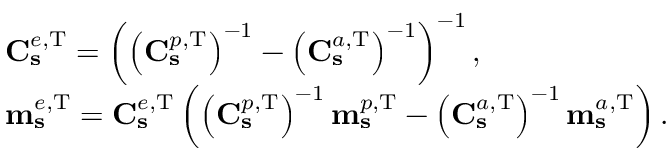
\begin{array} { r l } & { \mathbf { C } _ { \mathbf { s } } ^ { e , \mathrm { T } } = \left( \left( \mathbf { C } _ { \mathbf { s } } ^ { p , \mathrm { T } } \right) ^ { - 1 } - \left( \mathbf { C } _ { \mathbf { s } } ^ { a , \mathrm { T } } \right) ^ { - 1 } \right) ^ { - 1 } , } \\ & { \mathbf { m } _ { \mathbf { s } } ^ { e , \mathrm { T } } = \mathbf { C } _ { \mathbf { s } } ^ { e , \mathrm { T } } \left( \left( \mathbf { C } _ { \mathbf { s } } ^ { p , \mathrm { T } } \right) ^ { - 1 } \mathbf { m } _ { \mathbf { s } } ^ { p , \mathrm { T } } - \left( \mathbf { C } _ { \mathbf { s } } ^ { a , \mathrm { T } } \right) ^ { - 1 } \mathbf { m } _ { \mathbf { s } } ^ { a , \mathrm { T } } \right) . } \end{array}